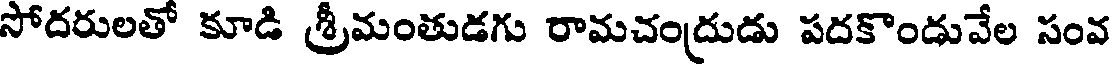
సోదరులతో కూడి శ్రీమంతుడగు రామచంద్రుడు పదకొండువేల సంవ